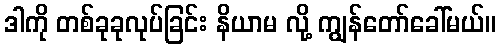
ဒါကို တစ်ခုခုလုပ်ခြင်း နိယာမ လို့ ကျွန်တော်ခေါ်မယ်။